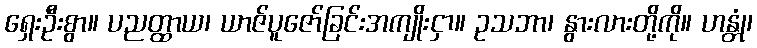
ရှေးဦးစွာ။ ပညတ္ထာယ၊ ယာဇ်ပူဇော်ခြင်းအကျိုးငှာ။ ဥသဘာ၊ နွားလားတို့ကို။ ဟန္တုံ၊